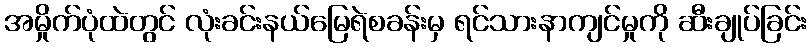
အမှိုက်ပုံထဲတွင် လုံးခင်းနယ်မြေရဲစခန်းမှ ရင်သားနာကျင်မှုကို ဆီးချုပ်ခြင်း